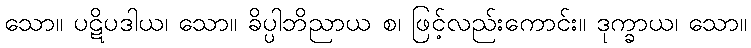
သော။ ပဋိပဒါယ၊ သော။ ခိပ္ပါဘိညာယ စ၊ ဖြင့်လည်းကောင်း။ ဒုက္ခာယ၊ သော။